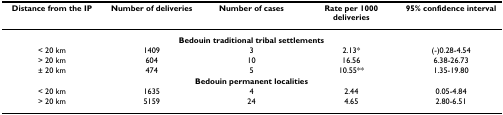
<table><thead><tr><td><b>Distance from the IP</b></td><td><b>Number of deliveries</b></td><td><b>Number of cases</b></td><td><b>Rate per 1000 deliveries</b></td><td><b>95% confidence interval</b></td></tr></thead><tbody><tr><td colspan="5"><b>Bedouin traditional tribal settlements</b></td></tr><tr><td>&lt; 20 km</td><td>1409</td><td>3</td><td>2.13*</td><td>(-)0.28-4.54</td></tr><tr><td>&gt; 20 km</td><td>604</td><td>10</td><td>16.56</td><td>6.38-26.73</td></tr><tr><td>± 20 km</td><td>474</td><td>5</td><td>10.55**</td><td>1.35-19.80</td></tr><tr><td colspan="5"><b>Bedouin permanent localities</b></td></tr><tr><td>&lt; 20 km</td><td>1635</td><td>4</td><td>2.44</td><td>0.05-4.84</td></tr><tr><td>&gt; 20 km</td><td>5159</td><td>24</td><td>4.65</td><td>2.80-6.51</td></tr></tbody></table>